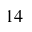
1 4